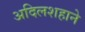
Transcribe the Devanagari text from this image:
अदिलशहाने